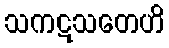
သကဋသတေဟိ